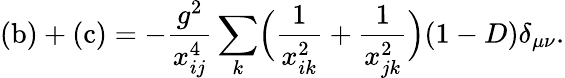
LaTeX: \mathrm{(b)}+\mathrm{(c)}=-\frac{g^{2}}{x_{ij}^{4}}\sum_{k}\Bigl(\frac{1}{x_{ik}^{2}}+\frac{1}{x_{jk}^{2}}\Bigr)(1-D)\delta_{\mu\nu}.